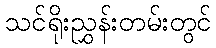
သင်ရိုးညွှန်းတမ်းတွင်